Indian journal of veterinary science and animal husbandry - Volume 11,
Year: 1941
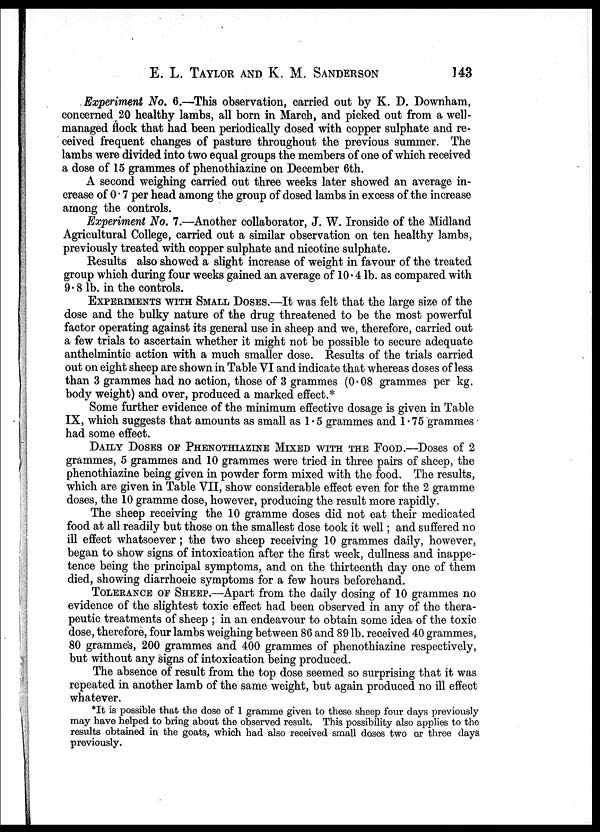
E. L. TAYLOR AND K. M.
SANDERSON
143
Experiment No. 6.—This observation, carried out by K. D. Downham,
concerned 20 healthy lambs, all born in March, and picked out from a well-
managed flock that had been periodically dosed with copper sulphate and re-
ceived frequent changes of pasture throughout the previous summer. The
lambs were divided into two equal groups the members of one of which received
a dose of 15 grammes of phenothiazine on December 6th.
A second weighing carried out three weeks later showed an average in-
crease of 0.7 per head among the group of dosed lambs in excess of the increase
among the controls.
Experiment No. 7.—Another collaborator, J. W. Ironside of the Midland
Agricultural College, carried out a similar observation on ten healthy lambs,
previously treated with copper sulphate and nicotine sulphate.
Results also showed a slight increase of weight in favour of the treated
group which during four weeks gained an average of 10.4 lb. as compared with
9.8 lb. in the controls.
EXPERIMENTS WITH SMALL DOSES.—It was felt that the large size of the
dose and the bulky nature of the drug threatened to be the most powerful
factor operating against its general use in sheep and we, therefore, carried out
a few trials to ascertain whether it might not be possible to secure adequate
anthelmintic action with a much smaller dose. Results of the trials carried
out on eight sheep are shown in Table VI and indicate that whereas doses of less
than 3 grammes had no action, those of 3 grammes (0.08 grammes per kg.
body weight) and over, produced a marked effect.*
Some further evidence of the minimum effective dosage is given in Table
IX, which suggests that amounts as small as 1.5 grammes and 1.75 grammes
had some effect.
DAILY DOSES OF PHENOTHIAZINE MIXED WITH THE FOOD.—Doses of 2
grammes, 5 grammes and 10 grammes were tried in three pairs of sheep, the
phenothiazine being given in powder form mixed with the food. The results,
which are given in Table VII, show considerable effect even for the 2 gramme
doses, the 10 gramme dose, however, producing the result more rapidly.
The sheep receiving the 10 gramme doses did not eat their medicated
food at all readily but those on the smallest dose took it well; and suffered no
ill effect whatsoever ; the two sheep receiving 10 grammes daily, however,
began to show signs of intoxication after the first week, dullness and inappe-
tence being the principal symptoms, and on the thirteenth day one of them
died, showing diarrhoeic symptoms for a few hours beforehand.
TOLERANCE OF SHEEP.—Apart from the daily dosing of 10 grammes no
evidence of the slightest toxic effect had been observed in any of the thera-
peutic treatments of sheep ; in an endeavour to obtain some idea of the toxic
dose, therefore, four lambs weighing between 86 and 89 lb. received 40 grammes,
80 gramme's, 200 grammes and 400 grammes of phenothiazine respectively,
but without any signs of intoxication being produced.
The absence of result from the top dose seemed so surprising that it was
repeated in another lamb of the same weight, but again produced no ill effect
whatever.
*It is possible that the dose of 1 gramme given to these sheep four days previously
may have helped to bring about the observed result. This possibility also applies to the
results obtained in the goats, which had also received small doses two or three days
previously.